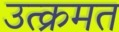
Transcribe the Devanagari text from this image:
उत्क्रमत